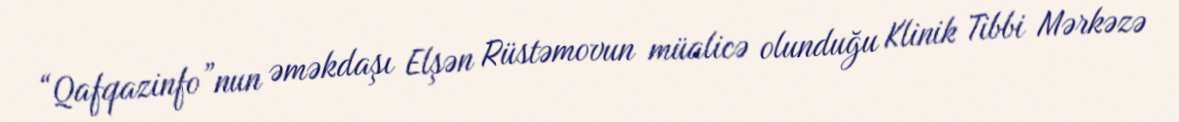
“Qafqazinfo”nun əməkdaşı Elşən Rüstəmovun müalicə olunduğu Klinik Tibbi Mərkəzə